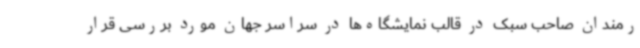
رمندان صاحب سبک در قالب نمایشگاه‌ها در سراسر جهان مورد بررسی قرار